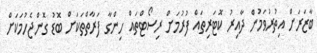
ބާޒަރަށް އިތުރުވަމުން ދާއިރު ކޮޓަރިތައް ފުރުމަށް ރިސޯޓްތައް ހިންގާ ފަރާތްތަކަށް ބޮޑު ގޮންޖެހުމަކަށް